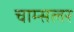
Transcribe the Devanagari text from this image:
चाम्सलर